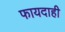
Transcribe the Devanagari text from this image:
फायदाही